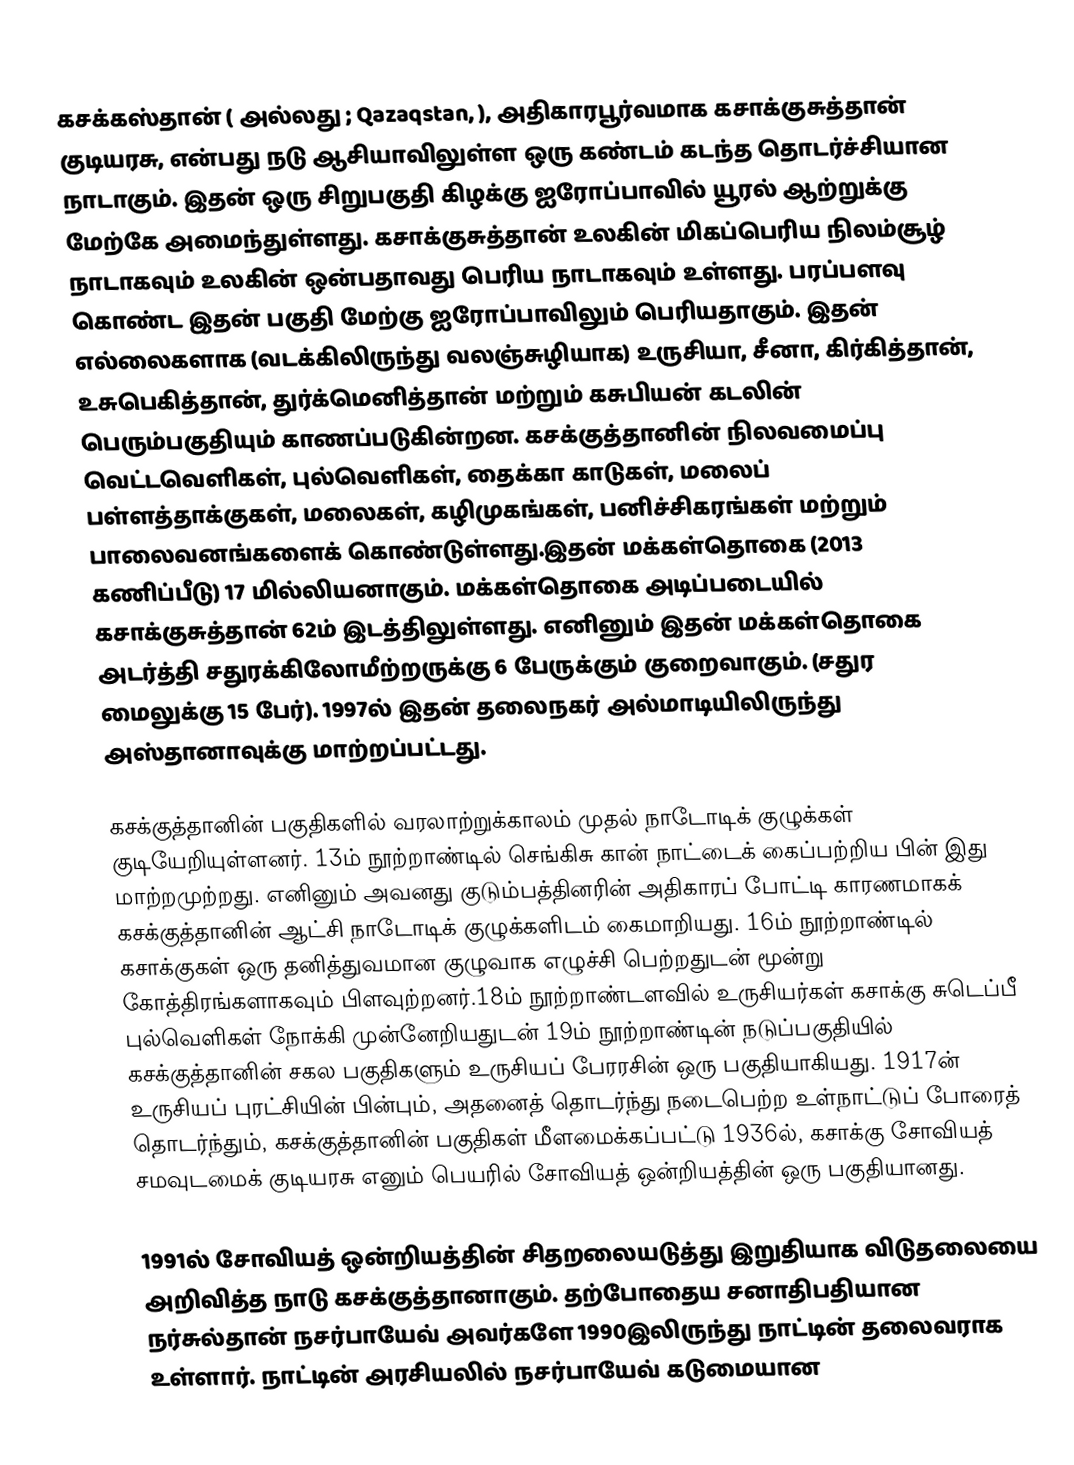
கசக்கஸ்தான் ( அல்லது ;  Qazaqstan,  ), அதிகாரபூர்வமாக கசாக்குசுத்தான் குடியரசு, என்பது நடு ஆசியாவிலுள்ள ஒரு கண்டம் கடந்த தொடர்ச்சியான நாடாகும். இதன் ஒரு சிறுபகுதி கிழக்கு ஐரோப்பாவில் யூரல் ஆற்றுக்கு மேற்கே அமைந்துள்ளது. கசாக்குசுத்தான் உலகின் மிகப்பெரிய நிலம்சூழ் நாடாகவும் உலகின் ஒன்பதாவது பெரிய நாடாகவும் உள்ளது.  பரப்பளவு கொண்ட இதன் பகுதி மேற்கு ஐரோப்பாவிலும் பெரியதாகும். இதன் எல்லைகளாக (வடக்கிலிருந்து வலஞ்சுழியாக) உருசியா, சீனா, கிர்கித்தான், உசுபெகித்தான், துர்க்மெனித்தான் மற்றும் கசுபியன் கடலின் பெரும்பகுதியும் காணப்படுகின்றன. கசக்குத்தானின் நிலவமைப்பு வெட்டவெளிகள், புல்வெளிகள், தைக்கா காடுகள், மலைப் பள்ளத்தாக்குகள், மலைகள், கழிமுகங்கள், பனிச்சிகரங்கள் மற்றும் பாலைவனங்களைக் கொண்டுள்ளது.இதன் மக்கள்தொகை (2013 கணிப்பீடு) 17 மில்லியனாகும். மக்கள்தொகை அடிப்படையில் கசாக்குசுத்தான் 62ம் இடத்திலுள்ளது. எனினும் இதன் மக்கள்தொகை அடர்த்தி சதுரக்கிலோமீற்றருக்கு 6 பேருக்கும் குறைவாகும். (சதுர மைலுக்கு 15 பேர்). 1997ல் இதன் தலைநகர் அல்மாடியிலிருந்து அஸ்தானாவுக்கு மாற்றப்பட்டது.

கசக்குத்தானின் பகுதிகளில் வரலாற்றுக்காலம் முதல் நாடோடிக் குழுக்கள் குடியேறியுள்ளனர். 13ம் நூற்றாண்டில் செங்கிசு கான் நாட்டைக் கைப்பற்றிய பின் இது மாற்றமுற்றது. எனினும் அவனது குடும்பத்தினரின் அதிகாரப் போட்டி காரணமாகக் கசக்குத்தானின் ஆட்சி நாடோடிக் குழுக்களிடம் கைமாறியது. 16ம் நூற்றாண்டில் கசாக்குகள் ஒரு தனித்துவமான குழுவாக எழுச்சி பெற்றதுடன் மூன்று கோத்திரங்களாகவும் பிளவுற்றனர்.18ம் நூற்றாண்டளவில் உருசியர்கள் கசாக்கு சுடெப்பீ புல்வெளிகள் நோக்கி முன்னேறியதுடன் 19ம் நூற்றாண்டின் நடுப்பகுதியில் கசக்குத்தானின் சகல பகுதிகளும் உருசியப் பேரரசின் ஒரு பகுதியாகியது. 1917ன் உருசியப் புரட்சியின் பின்பும், அதனைத் தொடர்ந்து நடைபெற்ற உள்நாட்டுப் போரைத் தொடர்ந்தும், கசக்குத்தானின் பகுதிகள் மீளமைக்கப்பட்டு 1936ல், கசாக்கு சோவியத் சமவுடமைக் குடியரசு எனும் பெயரில் சோவியத் ஒன்றியத்தின் ஒரு பகுதியானது.

1991ல் சோவியத் ஒன்றியத்தின் சிதறலையடுத்து இறுதியாக விடுதலையை அறிவித்த நாடு கசக்குத்தானாகும். தற்போதைய சனாதிபதியான நர்சுல்தான் நசர்பாயேவ் அவர்களே 1990இலிருந்து நாட்டின் தலைவராக உள்ளார். நாட்டின் அரசியலில் நசர்பாயேவ் கடுமையான